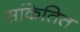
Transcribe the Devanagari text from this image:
सांकेतित